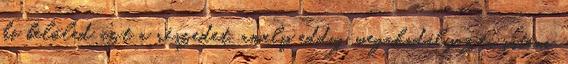
ki belőled azt a részedet, amely eddig megakadályozta isteni